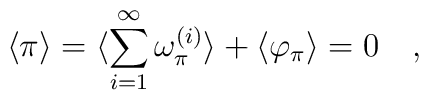
\langle \pi \rangle =   \langle \sum_{i=1}^{\infty} \omega_{\pi}^{(i)} \rangle +\langle \varphi_{\pi} \rangle= 0 \quad,